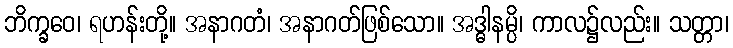
ဘိက္ခဝေ၊ ရဟန်းတို့။ အနာဂတံ၊ အနာဂတ်ဖြစ်သော။ အဒ္ဓါနမ္ပိ၊ ကာလ၌လည်း။ သတ္တာ၊